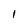
Character: 1